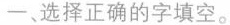
一、选择正确的字填空。